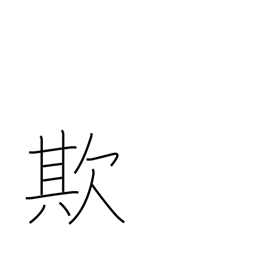
Meaning: delude